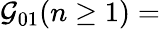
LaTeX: {\mathcal G}_{01}(n\geq 1)=